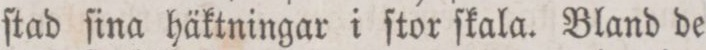
ſtad ſina häktningar i ſtor ſkala. Bland de